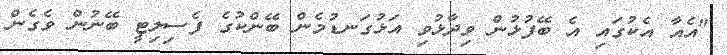
"އެއާ އެކުގައި އެ ބޭފުޅުން ވިދާޅުވި އަޅުގަނޑުމެން ބޭންކުގެ ފެސިލިޓީ ބޭނުން ވެގެން